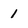
Character: 1